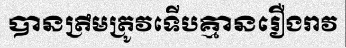
បានត្រឹមត្រូវទើបគ្មានរឿងរាវ